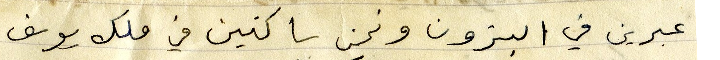
عبرين في البترون ونحن ساكنين في ملك يوسف